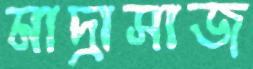
মাদ্রাসাজ